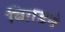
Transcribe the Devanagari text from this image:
बिग़डने